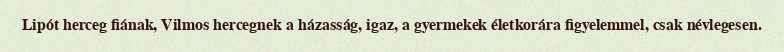
Lipót herceg fiának, Vilmos hercegnek a házasság, igaz, a gyermekek életkorára figyelemmel, csak névlegesen.